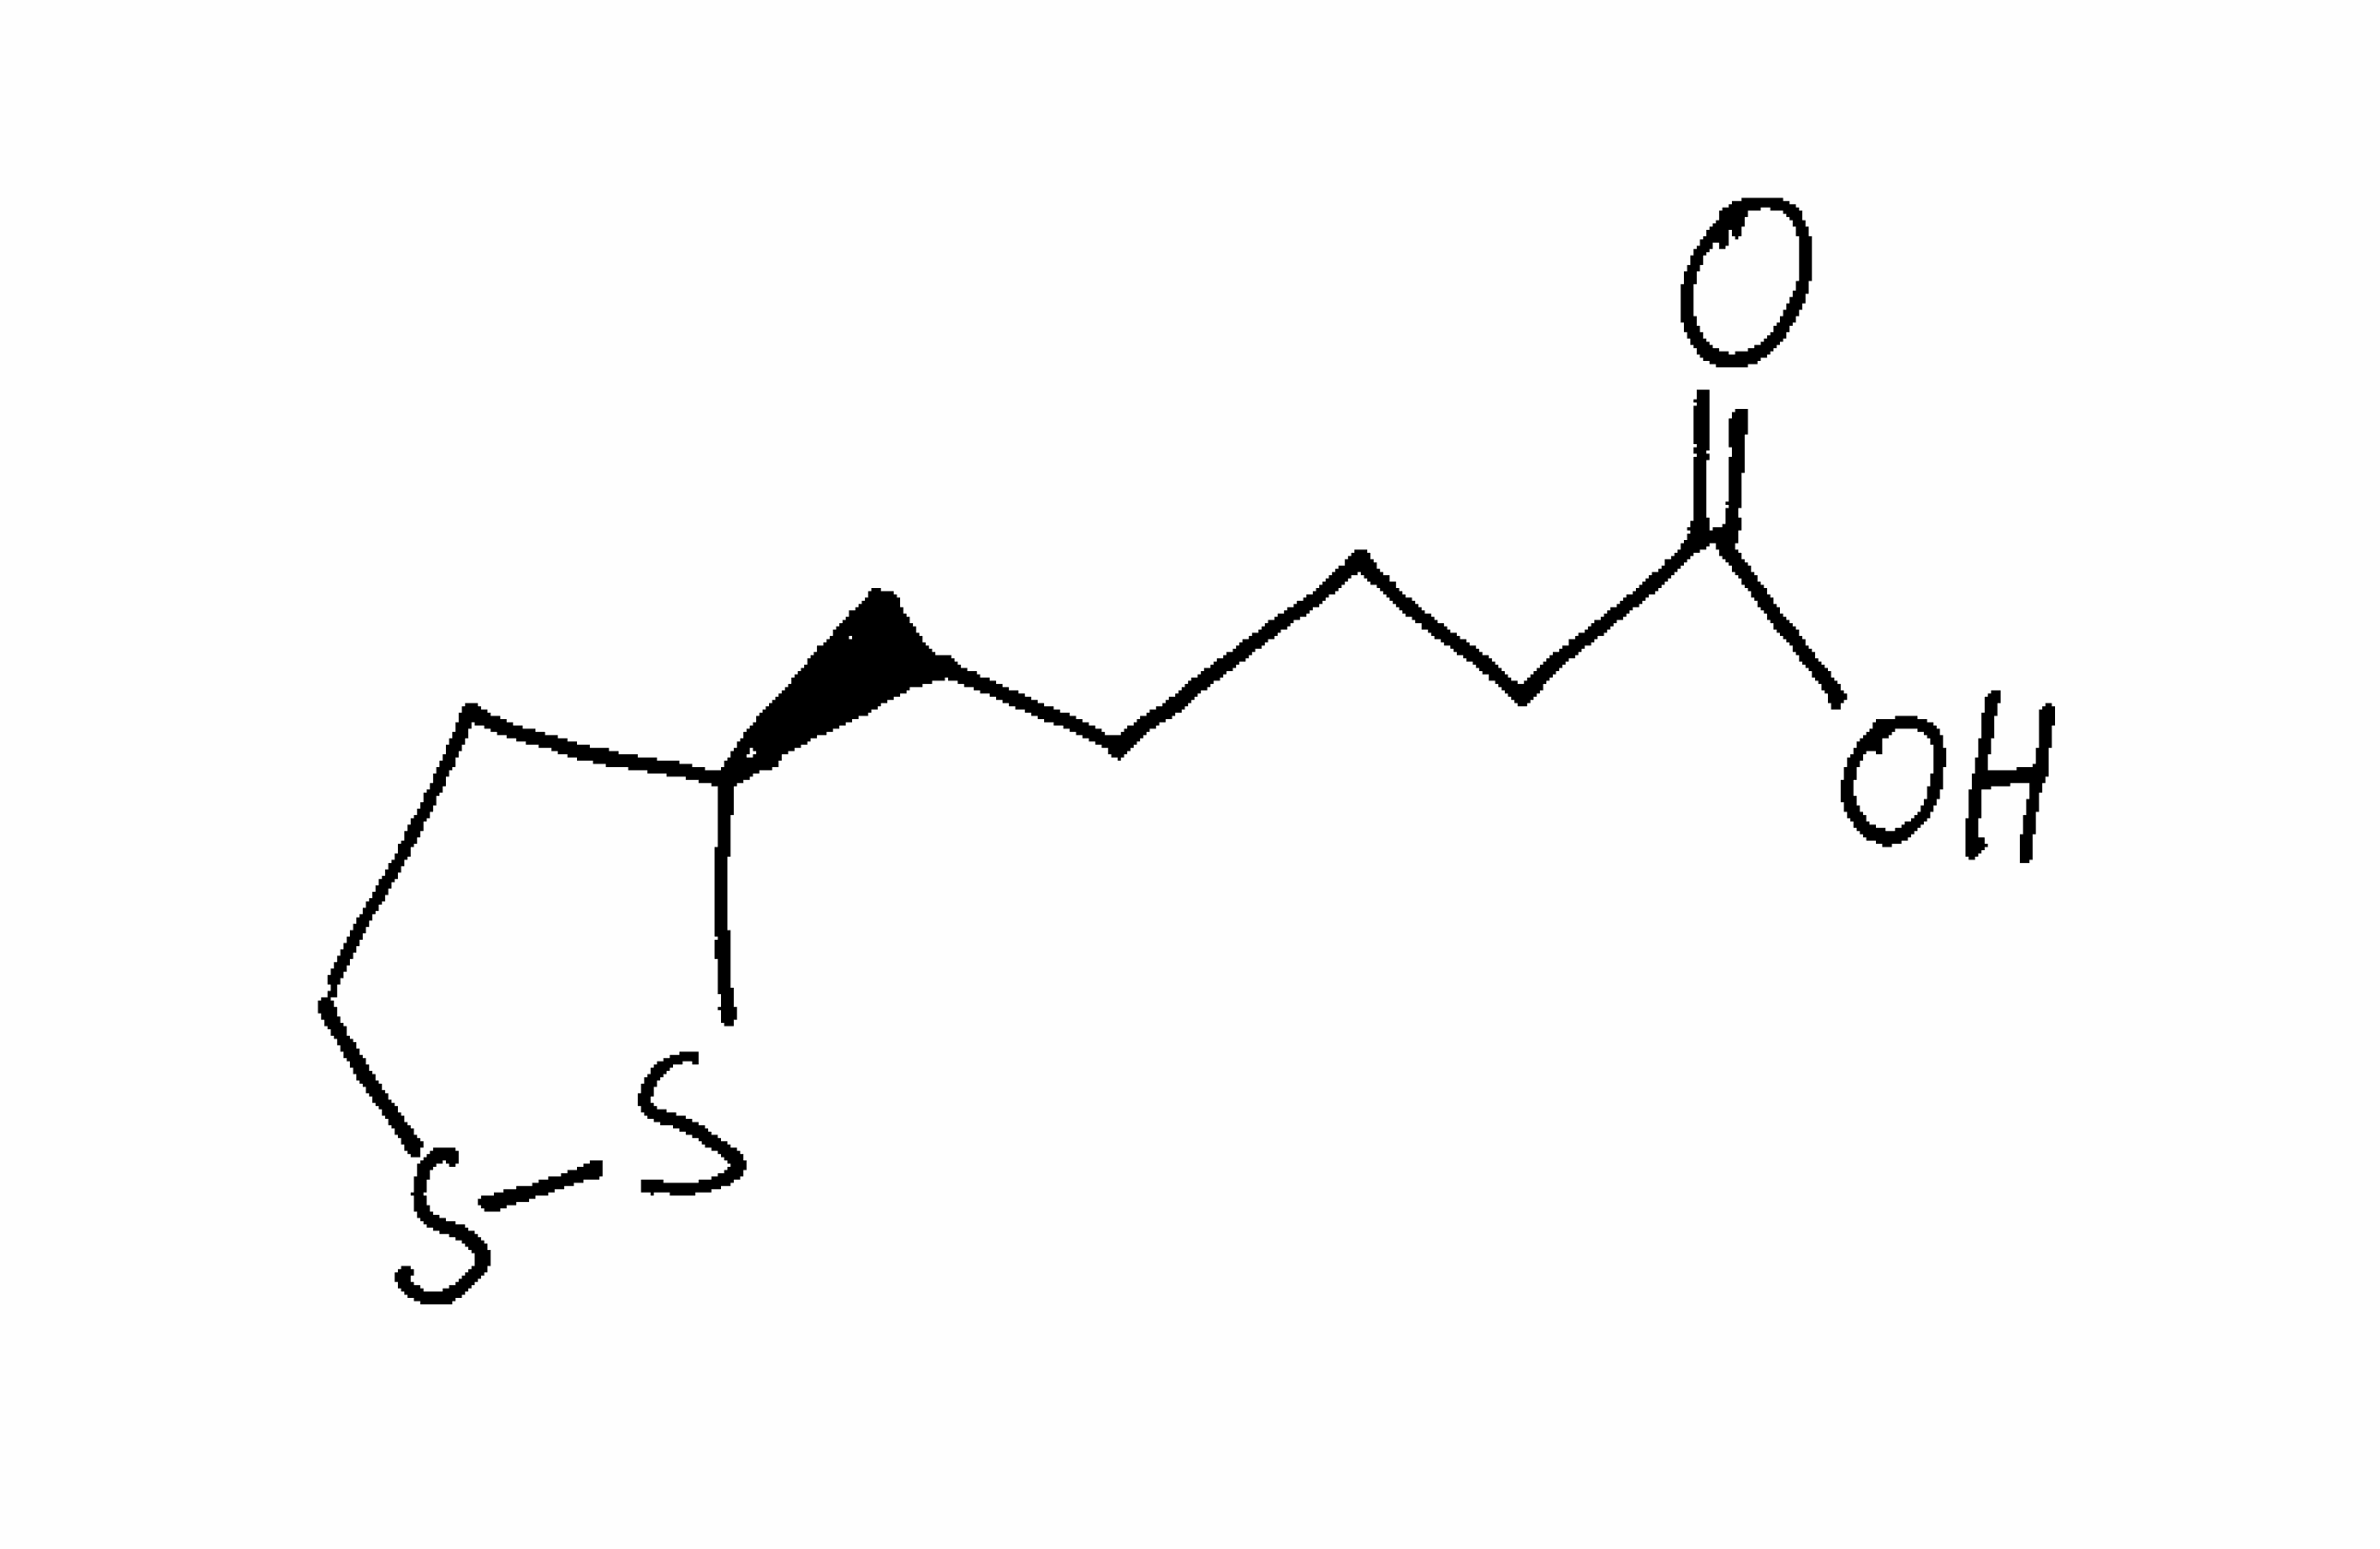
Simplified molecular-input line-entry system (SMILES) notation of the given molecule:
C1CSS[C@@H]1CCCCC(=O)O